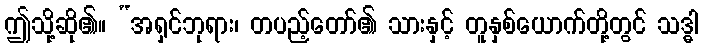
ဤသို့ဆို၏။ “အရှင်ဘုရား၊ တပည့်တော်၏ သားနှင့် တူနှစ်ယောက်တို့တွင် သဒ္ဓါ